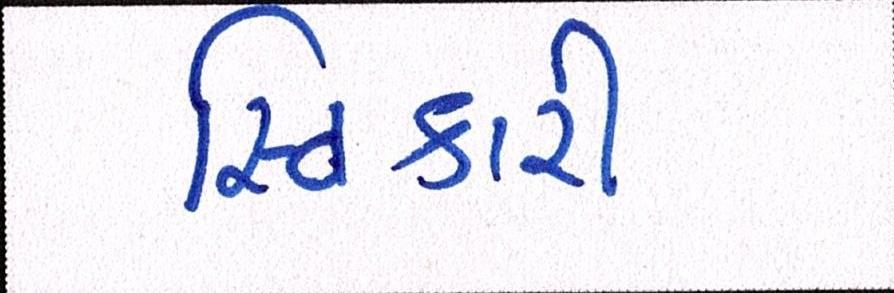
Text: સ્વિકારી